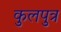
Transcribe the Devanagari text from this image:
कुलपुत्र